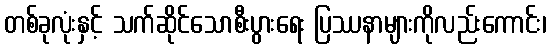
တစ်ခုလုံးနှင့် သက်ဆိုင်သောစီးပွားရေး ပြဿနာများကိုလည်းကောင်း၊